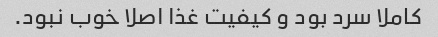
کاملا سرد بود و کیفیت غذا اصلا خوب نبود.